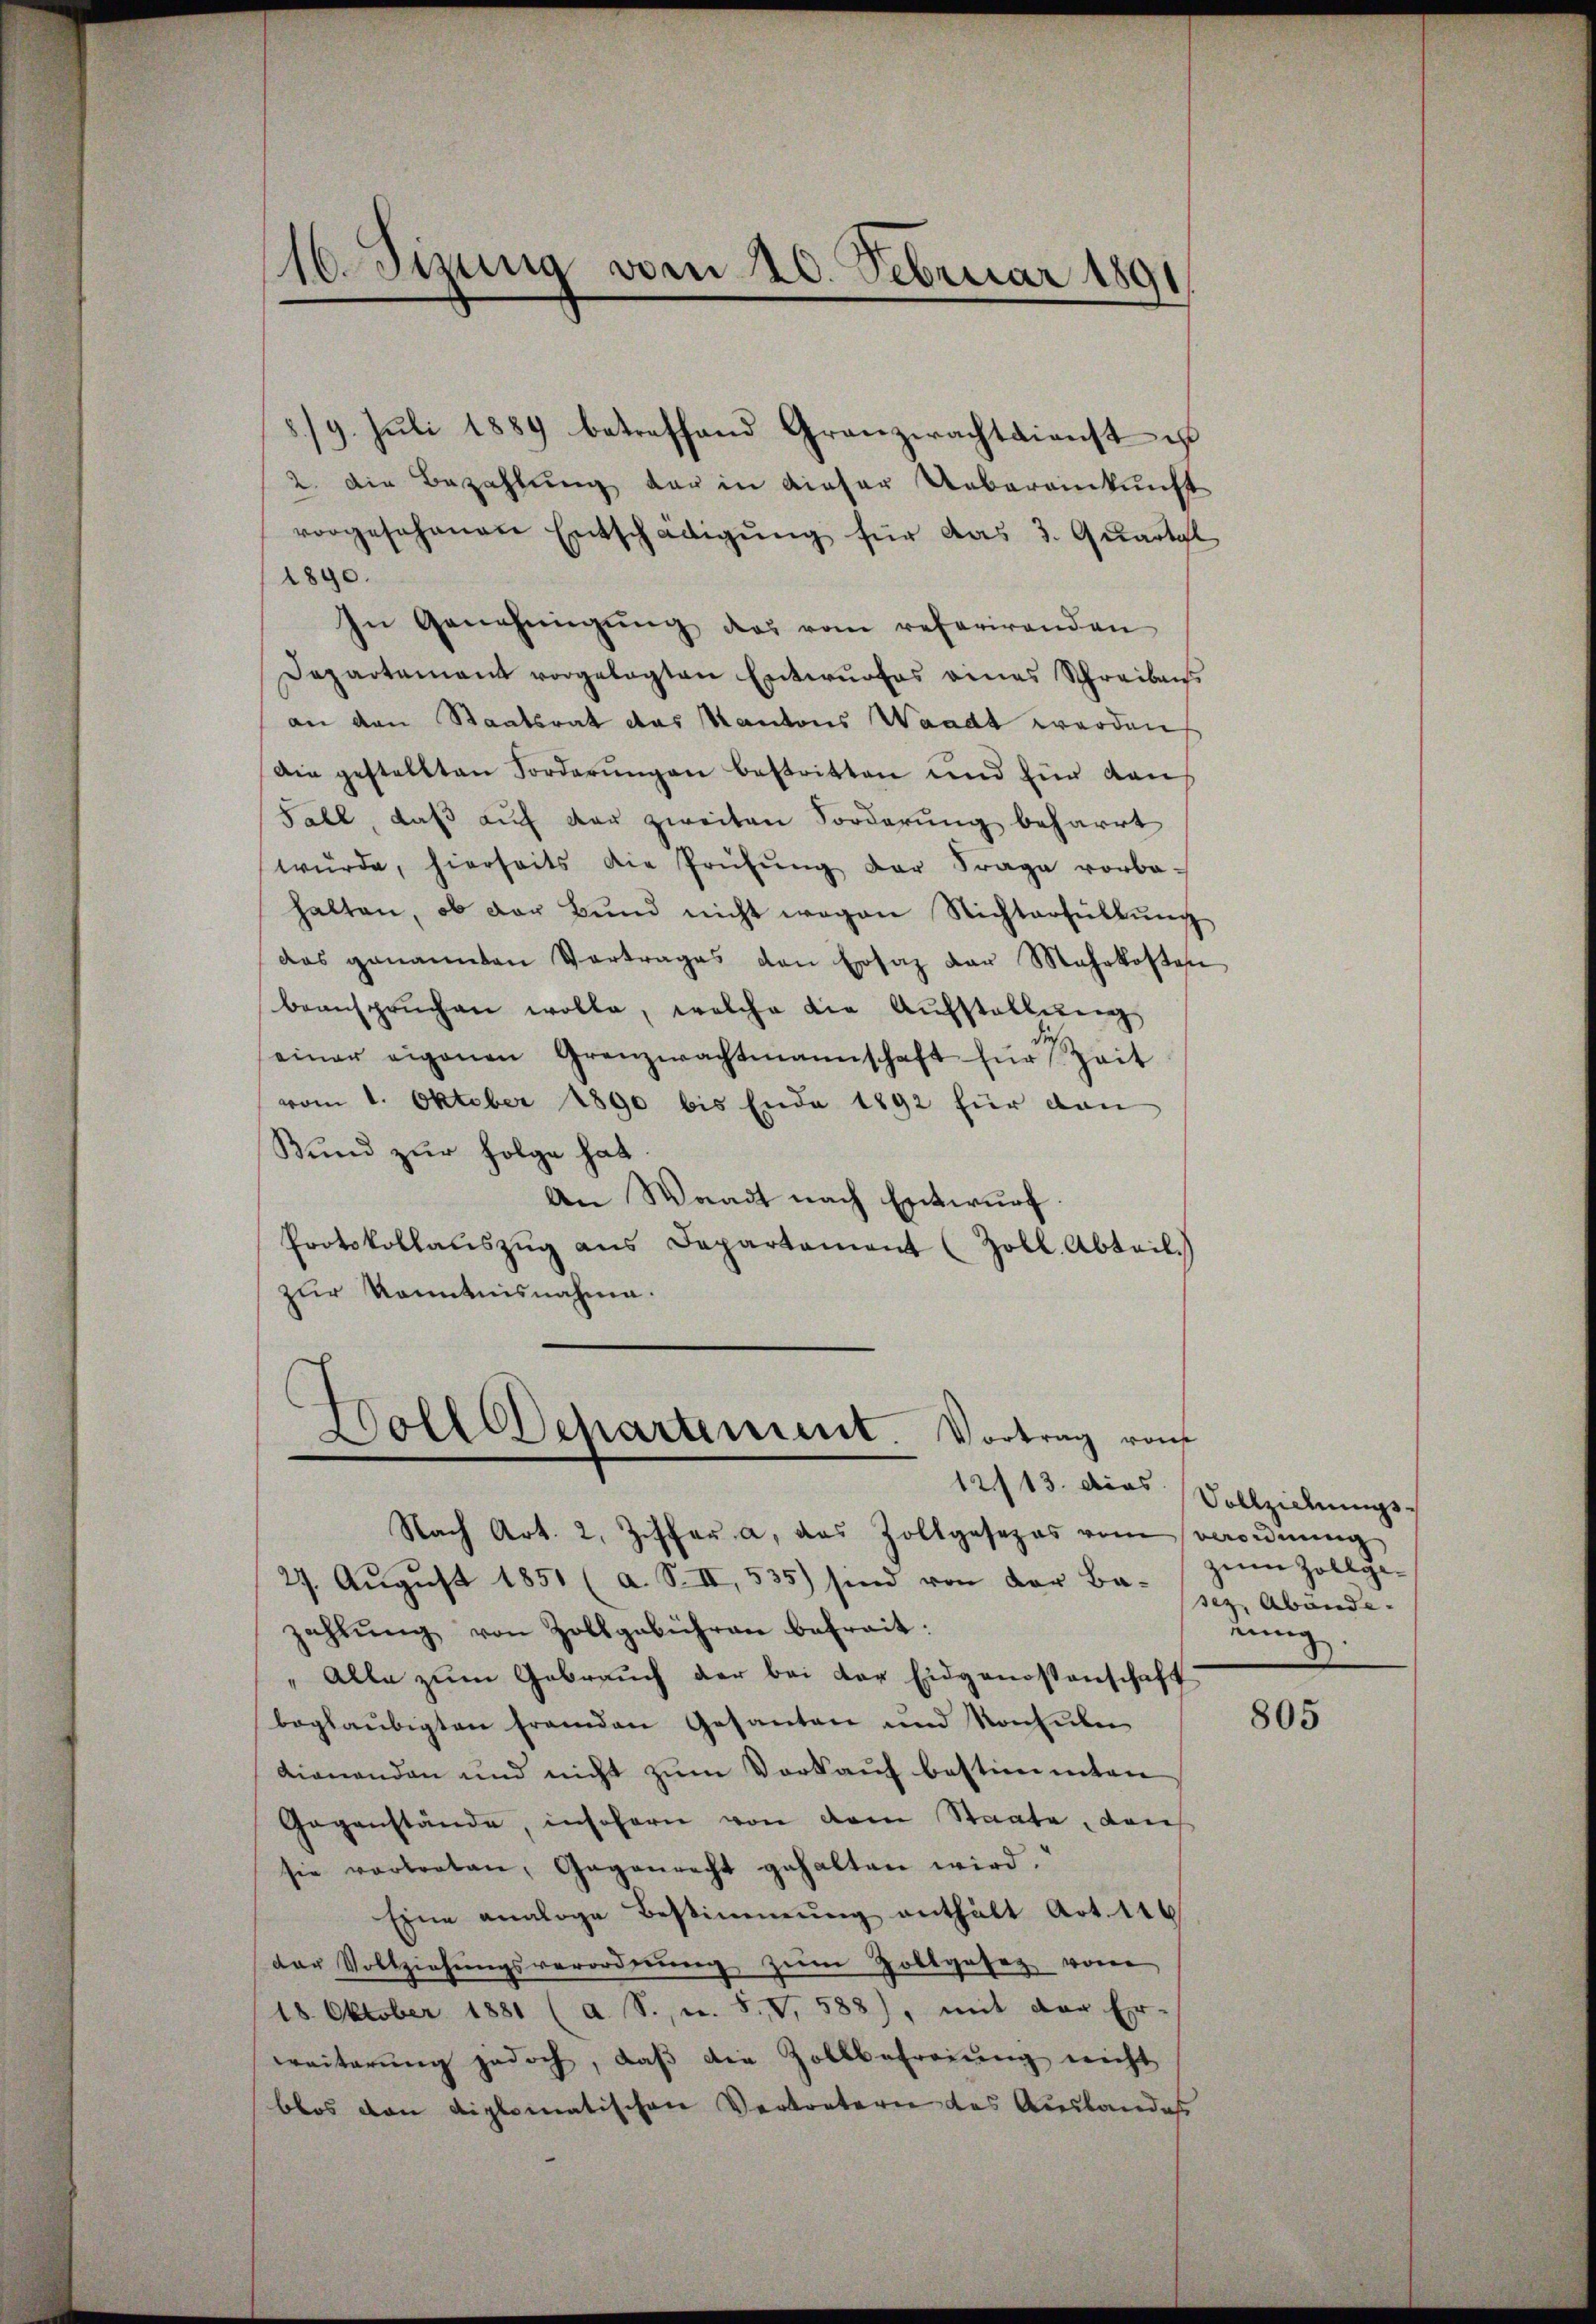
16. Sizung vom 20. Februar 1891

8./9. Juli 1889 betreffend Granzerachtdienst ist
2. Die Bezahlung der in dieser Uebereinkunft
vorgesehenen Entschädigung für das 3. Quartal
1890.
In Genehmigŭng des vom referirenden
Departement vorgelegten Entwurfes eines Schreiben
an den Staatsrat das Kantons Waadt werden
Die gestellten Forderŭngen bestritten und für dan
Fall, daß auf der zweiten Forderung beharrt
würde, hierseits die Prüfŭng der Frage vorbe-
halten, ob der Bŭnd nicht wegen Nichterfüllŭng
das genannten Vertrages den Ersaz der Mehrkosten
beansprŭchen wolle, welche die Aŭfstellŭng
einer eigenen Grenzerachtmannschaft für Zeit
vom 1. Oktober 1890 bis Ende 1892 für dan
Bund zur Folge hat.
An Waadt nach Entwurf.
Protokollauszug aus Departament (Zoll. Abteil.
zur Kenntnisnahme.
Doll chartement. Vortrag von
12/13. dies Vollziehungs-
Nach Art. 2, Ziffer a. das Zollgesezes vom Verordnung
27. August 1851 (a. S. II, 535) sind von der Ba-
zahlŭng von Zollgebühren befreit:
" Alle zŭm Gebrauch der bei der Eidgenossenschaft
beglaubigten franden Gesanten und Konsule
dionenden und nicht zum Vorkauf bestimmten
Gegenstände, insofern von dem Staate, den
sie vortreten, Gegenrecht gehalten wird.
Eine analoge Bestimmung enthält Art. 116
der Vollziehŭngsverordnŭng zŭm Zollgeseg von
18. Oktober 1881 (a. S. v. 8. V, 588), mit der Er-
weiterung jedoch, daß die Zollbefreiung nicht
blos von diplomatischen Vertretern das Auslandes

zum Zollgesez, Abände.
nung.

805